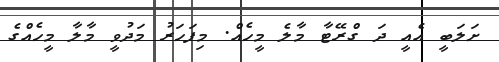
ށަލަބީ އެއީ ދަ ގްރޭޓާ މާލެ މީހެއް. މިފަހަރު މަދުވީ މާލާ މީހެއްގެ